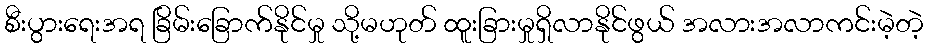
စီးပွားရေးအရ ခြိမ်းခြောက်နိုင်မှု သို့မဟုတ် ထူးခြားမှုရှိလာနိုင်ဖွယ် အလားအလာကင်းမဲ့တဲ့